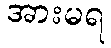
အားမရ